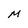
Character: m